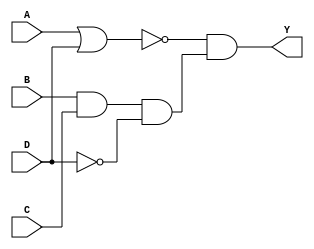

module comb_behaviour(Y, A, B, C, D);

    output reg Y;
    input A, B, C, D;

    always @ ( * ) begin
        Y = ~(A | D) & (B & C & ~D);
    end

endmodule